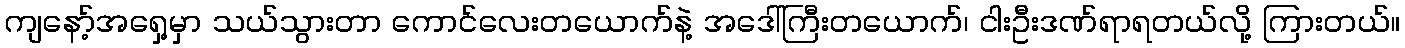
ကျနော့်အရှေ့မှာ သယ်သွားတာ ကောင်လေးတယောက်နဲ့ အဒေါ်ကြီးတယောက်၊ ငါးဦးဒဏ်ရာရတယ်လို့ ကြားတယ်။